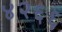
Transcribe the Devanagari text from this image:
४२६६